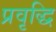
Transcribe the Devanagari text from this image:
प्रवृद्धि